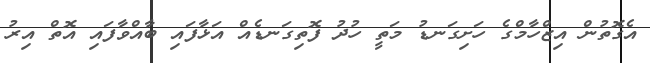
އެގޮތުން އިޒްހާމްގެ ހަށިގަނޑު މަތީ ހުދު ފޮތިގަނޑެއް އަޅާފައި ބާއްވާފައި އޮތް އިރު